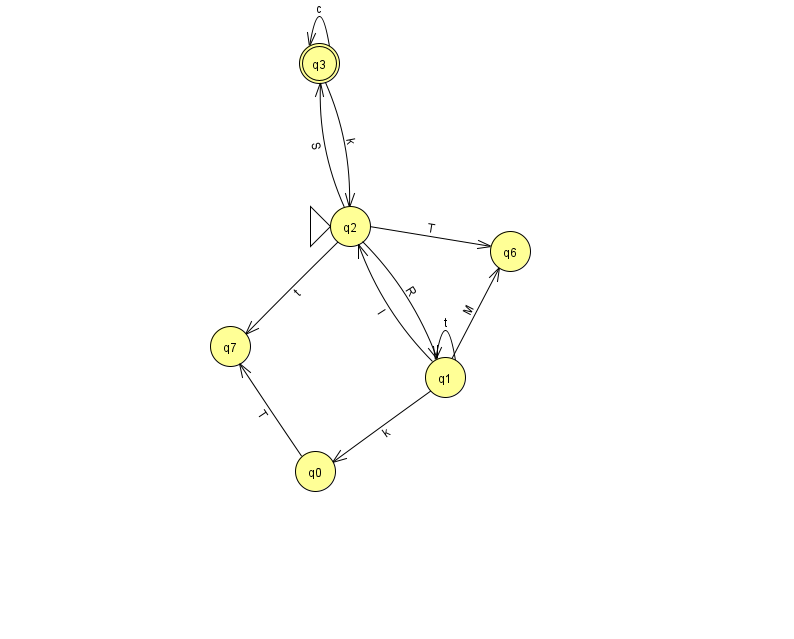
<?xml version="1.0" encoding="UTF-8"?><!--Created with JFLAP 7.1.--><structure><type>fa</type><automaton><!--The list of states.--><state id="0" name="q0"><x>315.0</x><y>458.0</y></state><state id="1" name="q1"><x>445.0</x><y>364.0</y></state><state id="2" name="q2"><x>350.0</x><y>213.0</y><initial/></state><state id="3" name="q3"><x>319.0</x><y>50.0</y><final/></state><state id="6" name="q6"><x>510.0</x><y>238.0</y></state><state id="7" name="q7"><x>230.0</x><y>333.0</y></state><!--The list of transitions.--><transition><from>1</from><to>0</to><read>k</read></transition><transition><from>1</from><to>2</to><read>I</read></transition><transition><from>3</from><to>2</to><read>k</read></transition><transition><from>3</from><to>3</to><read>c</read></transition><transition><from>1</from><to>1</to><read>t</read></transition><transition><from>2</from><to>6</to><read>T</read></transition><transition><from>0</from><to>7</to><read>T</read></transition><transition><from>1</from><to>6</to><read>M</read></transition><transition><from>2</from><to>1</to><read>R</read></transition><transition><from>2</from><to>3</to><read>S</read></transition><transition><from>2</from><to>7</to><read>t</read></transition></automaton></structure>